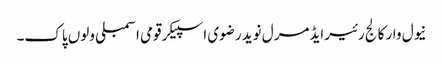
نیول وار کالج رئیرایڈمرل نوید رضوی اسپیکر قومی اسمبلی ولوں پاک۔